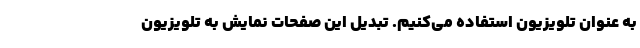
به عنوان تلویزیون استفاده می‌کنیم. تبدیل این صفحات نمایش به تلویزیون